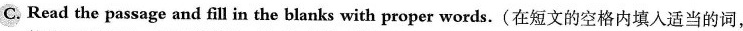
C. Read the passage and fill in the blanks with proper words.(在短文的空格内填入适当的词,